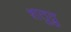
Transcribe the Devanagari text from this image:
शतुद्रु